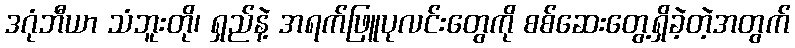
ဒဂုံဘီယာ သံဘူးတို၊ ရှည်နဲ့ အရက်ဖြူပုလင်းတွေကို စစ်ဆေးတွေ့ရှိခဲ့တဲ့အတွက်